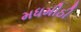
મધમીઠી